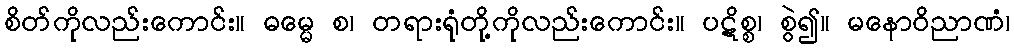
စိတ်ကိုလည်းကောင်း။ ဓမ္မေ စ၊ တရားရုံတို့ကိုလည်းကောင်း။ ပဋိစ္စ၊ စွဲ၍။ မနောဝိညာဏံ၊